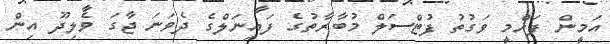
އަމީން ފަހްމީ ވަގުތު ފުޓްސަލް މުބާރާތުގެ ފައިނަލްގެ ދެވަނަ ޖާގަ ވެލިދޫ އިން